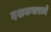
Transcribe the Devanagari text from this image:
दशकभराने